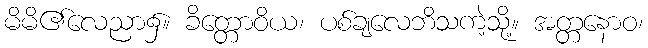
မိမိ၏လေညာ၌။ ခိတ္တောဝိယ၊ ပစ်ချလေဘိသကဲ့သို့။ အတ္တနောဝ၊